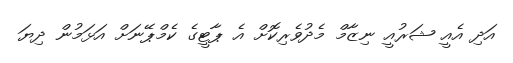
އަދި އެއީ ޝަރުއީ ނިޒާމް މެދުވެރިކޮށް އެ ޕާޓީގެ ކެމްޕޭނަށް އަޅަމުން ދިޔަ